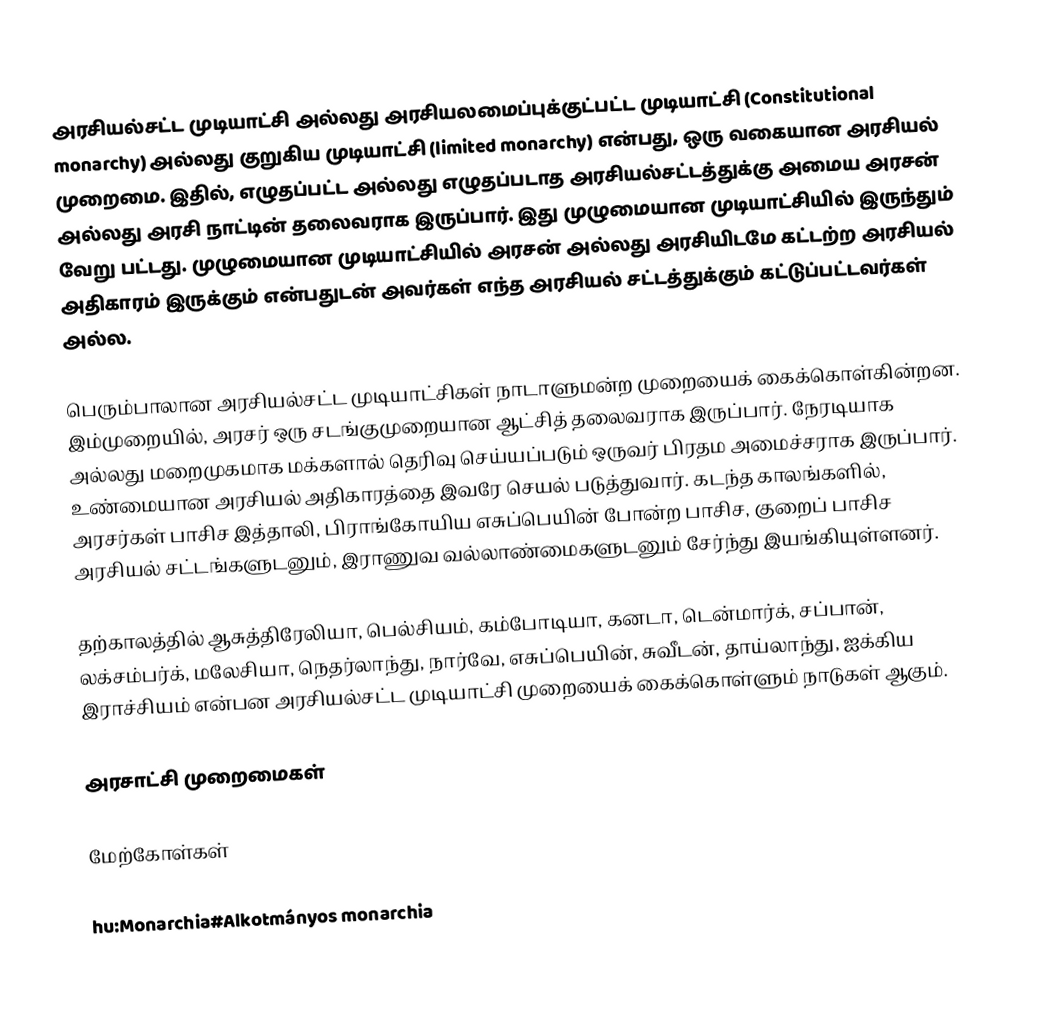
அரசியல்சட்ட முடியாட்சி அல்லது அரசியலமைப்புக்குட்பட்ட முடியாட்சி (Constitutional monarchy) அல்லது குறுகிய முடியாட்சி (limited monarchy) என்பது, ஒரு வகையான அரசியல் முறைமை. இதில், எழுதப்பட்ட அல்லது எழுதப்படாத அரசியல்சட்டத்துக்கு அமைய அரசன் அல்லது அரசி நாட்டின் தலைவராக இருப்பார். இது முழுமையான முடியாட்சியில் இருந்தும் வேறு பட்டது. முழுமையான முடியாட்சியில் அரசன் அல்லது அரசியிடமே கட்டற்ற அரசியல் அதிகாரம் இருக்கும் என்பதுடன் அவர்கள் எந்த அரசியல் சட்டத்துக்கும் கட்டுப்பட்டவர்கள் அல்ல.

பெரும்பாலான அரசியல்சட்ட முடியாட்சிகள் நாடாளுமன்ற முறையைக் கைக்கொள்கின்றன. இம்முறையில், அரசர் ஒரு சடங்குமுறையான ஆட்சித் தலைவராக இருப்பார். நேரடியாக அல்லது மறைமுகமாக மக்களால் தெரிவு செய்யப்படும் ஒருவர் பிரதம அமைச்சராக இருப்பார். உண்மையான அரசியல் அதிகாரத்தை இவரே செயல் படுத்துவார். கடந்த காலங்களில், அரசர்கள் பாசிச இத்தாலி, பிராங்கோயிய எசுப்பெயின் போன்ற பாசிச, குறைப் பாசிச அரசியல் சட்டங்களுடனும், இராணுவ வல்லாண்மைகளுடனும் சேர்ந்து இயங்கியுள்ளனர்.

தற்காலத்தில் ஆசுத்திரேலியா, பெல்சியம், கம்போடியா, கனடா, டென்மார்க், சப்பான், லக்சம்பர்க், மலேசியா, நெதர்லாந்து, நார்வே, எசுப்பெயின், சுவீடன், தாய்லாந்து, ஐக்கிய இராச்சியம் என்பன அரசியல்சட்ட முடியாட்சி முறையைக் கைக்கொள்ளும் நாடுகள் ஆகும்.

அரசாட்சி முறைமைகள்

மேற்கோள்கள்

hu:Monarchia#Alkotmányos monarchia